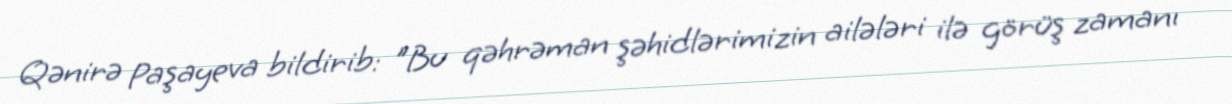
Qənirə Paşayeva bildirib: "Bu qəhrəman şəhidlərimizin ailələri ilə görüş zamanı